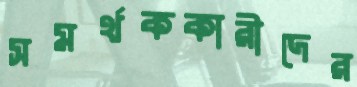
সমর্থককারীদের